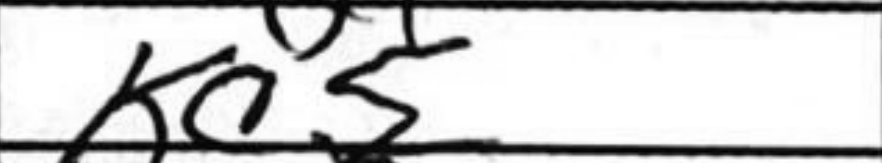
Transcription: Kc5